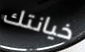
خيانتك